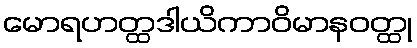
မောရဟတ္ထဒါယိကာဝိမာနဝတ္ထု